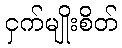
ငှက်မျိုးစိတ်